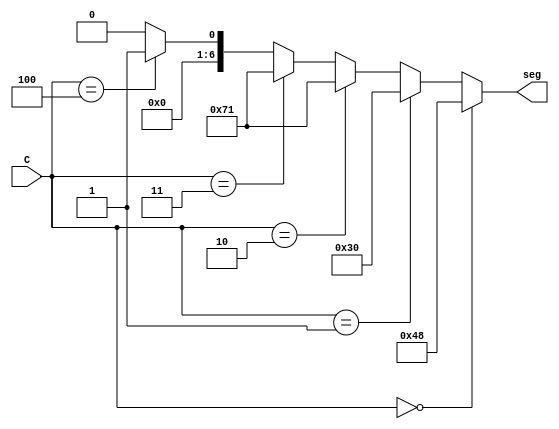
module segment7_decoder(
	input [2:0] C,
	output[6:0] seg
);
assign seg = (C == 3'b000 ) ? 7'b1001000:
					(C == 3'b001 ) ? 7'b0110000:
					(C == 3'b010 ) ? 7'b1110001:
					(C == 3'b011 ) ? 7'b1110001:
					(C == 3'b100 ) ? 7'b0000001:
										  7'b0000000;
endmodule